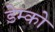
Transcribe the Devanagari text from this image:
डेम्को